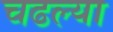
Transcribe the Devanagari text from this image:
चढल्या